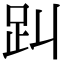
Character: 𧾻